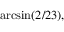
\arcsin ( 2 / 2 3 ) ,